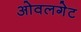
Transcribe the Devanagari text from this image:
ओवलगेट